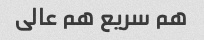
هم سریع هم عالی